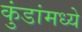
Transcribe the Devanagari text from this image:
कुंडांमध्ये